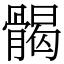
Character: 𩩲